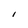
Character: I